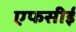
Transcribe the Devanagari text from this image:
एफसीई